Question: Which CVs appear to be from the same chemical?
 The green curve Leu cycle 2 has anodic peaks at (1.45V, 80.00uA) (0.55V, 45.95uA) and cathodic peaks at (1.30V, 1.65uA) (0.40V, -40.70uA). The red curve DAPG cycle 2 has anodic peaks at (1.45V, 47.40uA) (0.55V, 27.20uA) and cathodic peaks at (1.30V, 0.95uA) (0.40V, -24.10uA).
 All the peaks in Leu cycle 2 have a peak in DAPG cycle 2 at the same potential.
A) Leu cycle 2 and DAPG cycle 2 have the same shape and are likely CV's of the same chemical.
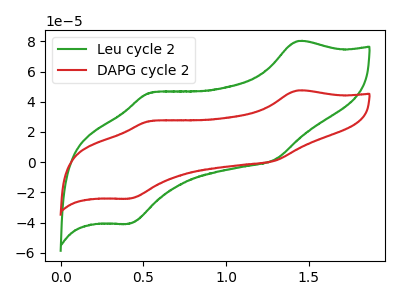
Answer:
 <answer>A) "Leu cycle 2" and "DAPG cycle 2" have the same shape and are likely CV's of the same chemical.</answer>
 <eval>A</eval>